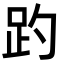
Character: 趵